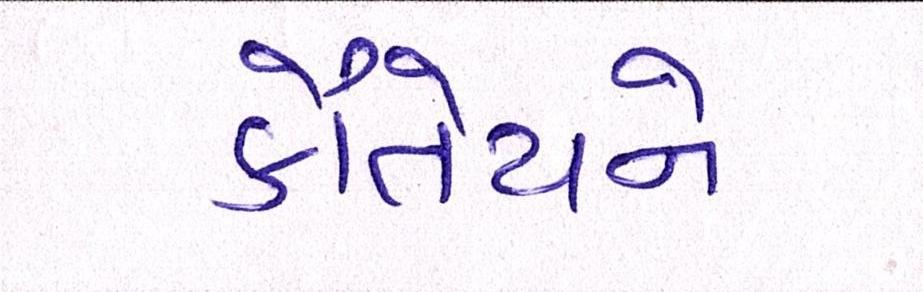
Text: કૌંતેયને